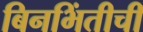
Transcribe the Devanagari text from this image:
बिनभिंतीची